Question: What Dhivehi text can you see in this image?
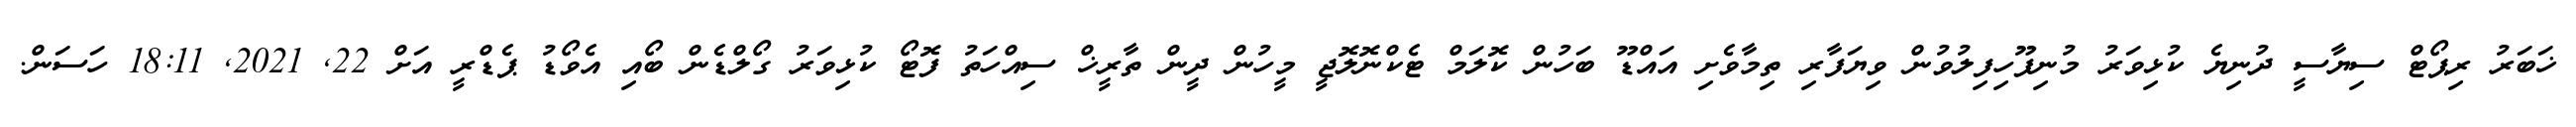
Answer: ޚަބަރު ރިޕޯޓް ސިޔާސީ ދުނިޔެ ކުޅިވަރު މުނިފޫހިފިލުވުން ވިޔަފާރި ތިމާވެށި އައްޑޫ ބަހުން ކޮލަމް ޓެކްނޮލޮޖީ މީހުން ދީން ތާރީޚް ސިއްހަތު ފޮޓޯ ކުޅިވަރު ގޯލްޑެން ބޯއި އެވޯޑު ޕެޑްރީ އަށް 22, 2021, 18:11 ހަސަން.